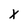
Character: X